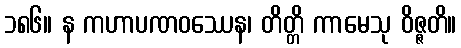
၁၈၆။ န ကဟာပဏဝဿေန၊ တိတ္တိ ကာမေသု ဝိဇ္ဇတိ။